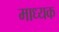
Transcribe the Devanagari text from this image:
माध्यक